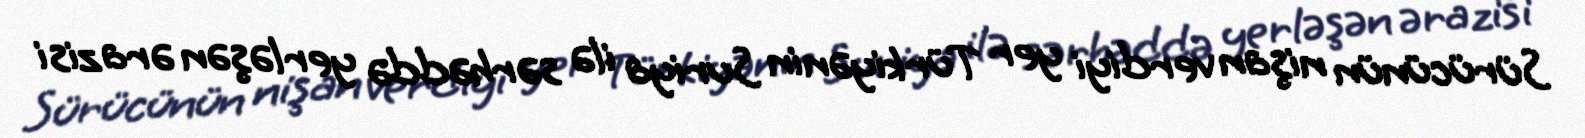
Sürücünün nişan verdiyi yer Türkiyənin Suriya ilə sərhəddə yerləşən ərazisi